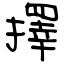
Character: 擇